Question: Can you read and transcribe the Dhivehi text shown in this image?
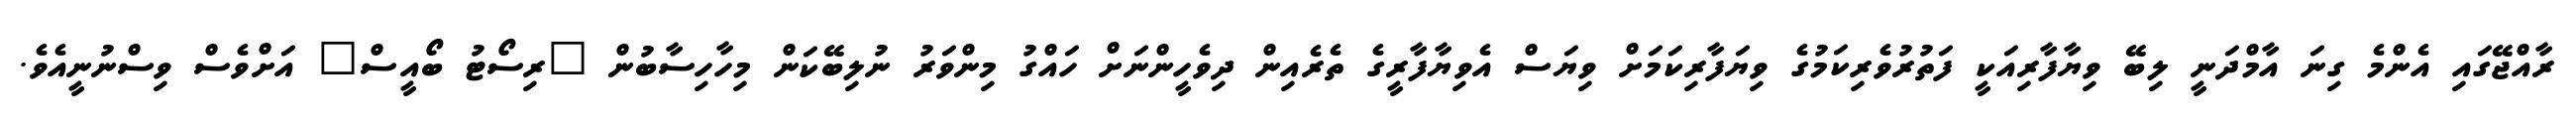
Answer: ރާއްޖޭގައި އެންމެ ގިނަ އާމްދަނީ ލިބޭ ވިޔާފާރިއަކީ ފަތުރުވެރިކަމުގެ ވިޔަފާރިކަމަށް ވިޔަސް އެވިޔާފާރީގެ ތެރެއިން ދިވެހީންނަށް ހައްގު މިންވަރު ނުލިބޭކަން މިހާހިސާބުން "ރިސޯޓު ބޯއީސް" އަށްވެސް ވިސްނުނީއެވެ.